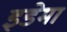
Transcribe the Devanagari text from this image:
इडेमा